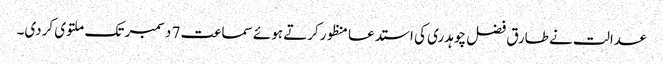
عدالت نے طارق فضل چوہدری کی استدعا منظورکرتے ہوئے سماعت 7 دسمبر تک ملتوی کردی۔